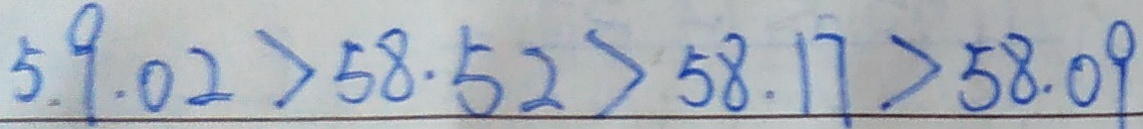
5 9 . 0 2 > 5 8 . 5 2 > 5 8 . 1 7 > 5 8 . 0 9